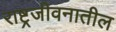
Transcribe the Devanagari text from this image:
राष्ट्रजीवनातील